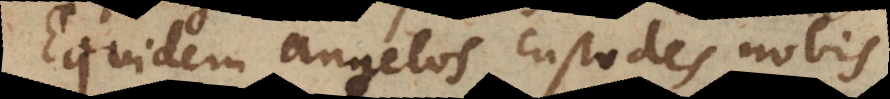
Equidem angelos custodes nobis